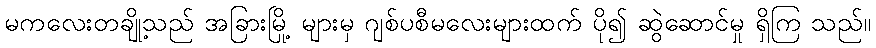
မကလေးတချို့သည် အခြားမြို့ များမှ ဂျစ်ပစီမလေးများထက် ပို၍ ဆွဲဆောင်မှု ရှိကြ သည်။